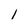
Character: 1